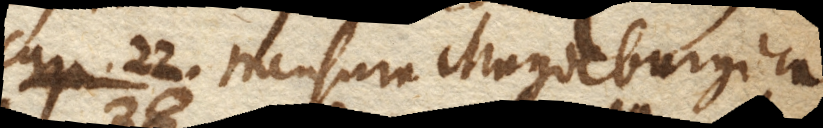
Cap. 22. Mensura Magdeburgica